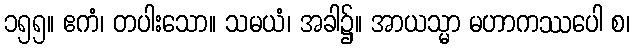
၁၅၅။ ဧကံ၊ တပါးသော။ သမယံ၊ အခါ၌။ အာယသ္မာ မဟာကဿပေါ စ၊